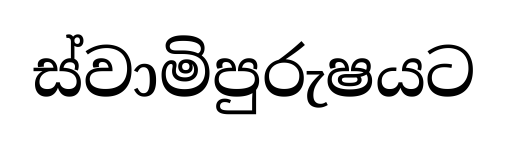
ස්වාමිපුරුෂයට